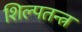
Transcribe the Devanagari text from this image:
शिल्पतन्त्र